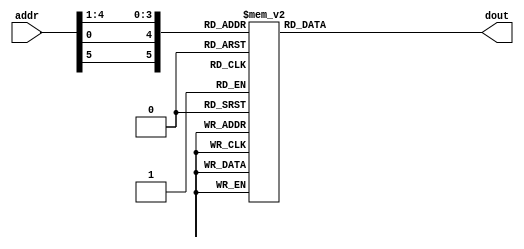
module  sbox4_1(addr, dout);
input	[1:6] addr;
output	[1:4] dout;
reg	[1:4] dout;
always @(addr) begin
    case ({addr[1], addr[6], addr[2:5]})	
         0:  dout =  7;
         1:  dout = 13;
         2:  dout = 14;
         3:  dout =  3;
         4:  dout =  0;
         5:  dout =  6;
         6:  dout =  9;
         7:  dout = 10;
         8:  dout =  1;
         9:  dout =  2;
        10:  dout =  8;
        11:  dout =  5;
        12:  dout = 11;
        13:  dout = 12;
        14:  dout =  4;
        15:  dout = 15;
        16:  dout = 13;
        17:  dout =  8;
        18:  dout = 11;
        19:  dout =  5;
        20:  dout =  6;
        21:  dout = 15;
        22:  dout =  0;
        23:  dout =  3;
        24:  dout =  4;
        25:  dout =  7;
        26:  dout =  2;
        27:  dout = 12;
        28:  dout =  1;
        29:  dout = 10;
        30:  dout = 14;
        31:  dout =  9;
        32:  dout = 10;
        33:  dout =  6;
        34:  dout =  9;
        35:  dout =  0;
        36:  dout = 12;
        37:  dout = 11;
        38:  dout =  7;
        39:  dout = 13;
        40:  dout = 15;
        41:  dout =  1;
        42:  dout =  3;
        43:  dout = 14;
        44:  dout =  5;
        45:  dout =  2;
        46:  dout =  8;
        47:  dout =  4;
        48:  dout =  3;
        49:  dout = 15;
        50:  dout =  0;
        51:  dout =  6;
        52:  dout = 10;
        53:  dout =  1;
        54:  dout = 13;
        55:  dout =  8;
        56:  dout =  9;
        57:  dout =  4;
        58:  dout =  5;
        59:  dout = 11;
        60:  dout = 12;
        61:  dout =  7;
        62:  dout =  2;
        63:  dout = 14;
    endcase
    end
endmodule